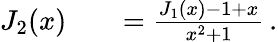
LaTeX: \begin{array}{rlr}{J_{2}(x)}&{{}}&{=\frac{J_{1}(x)-1+x}{x^{2}+1}\, .}\end{array}